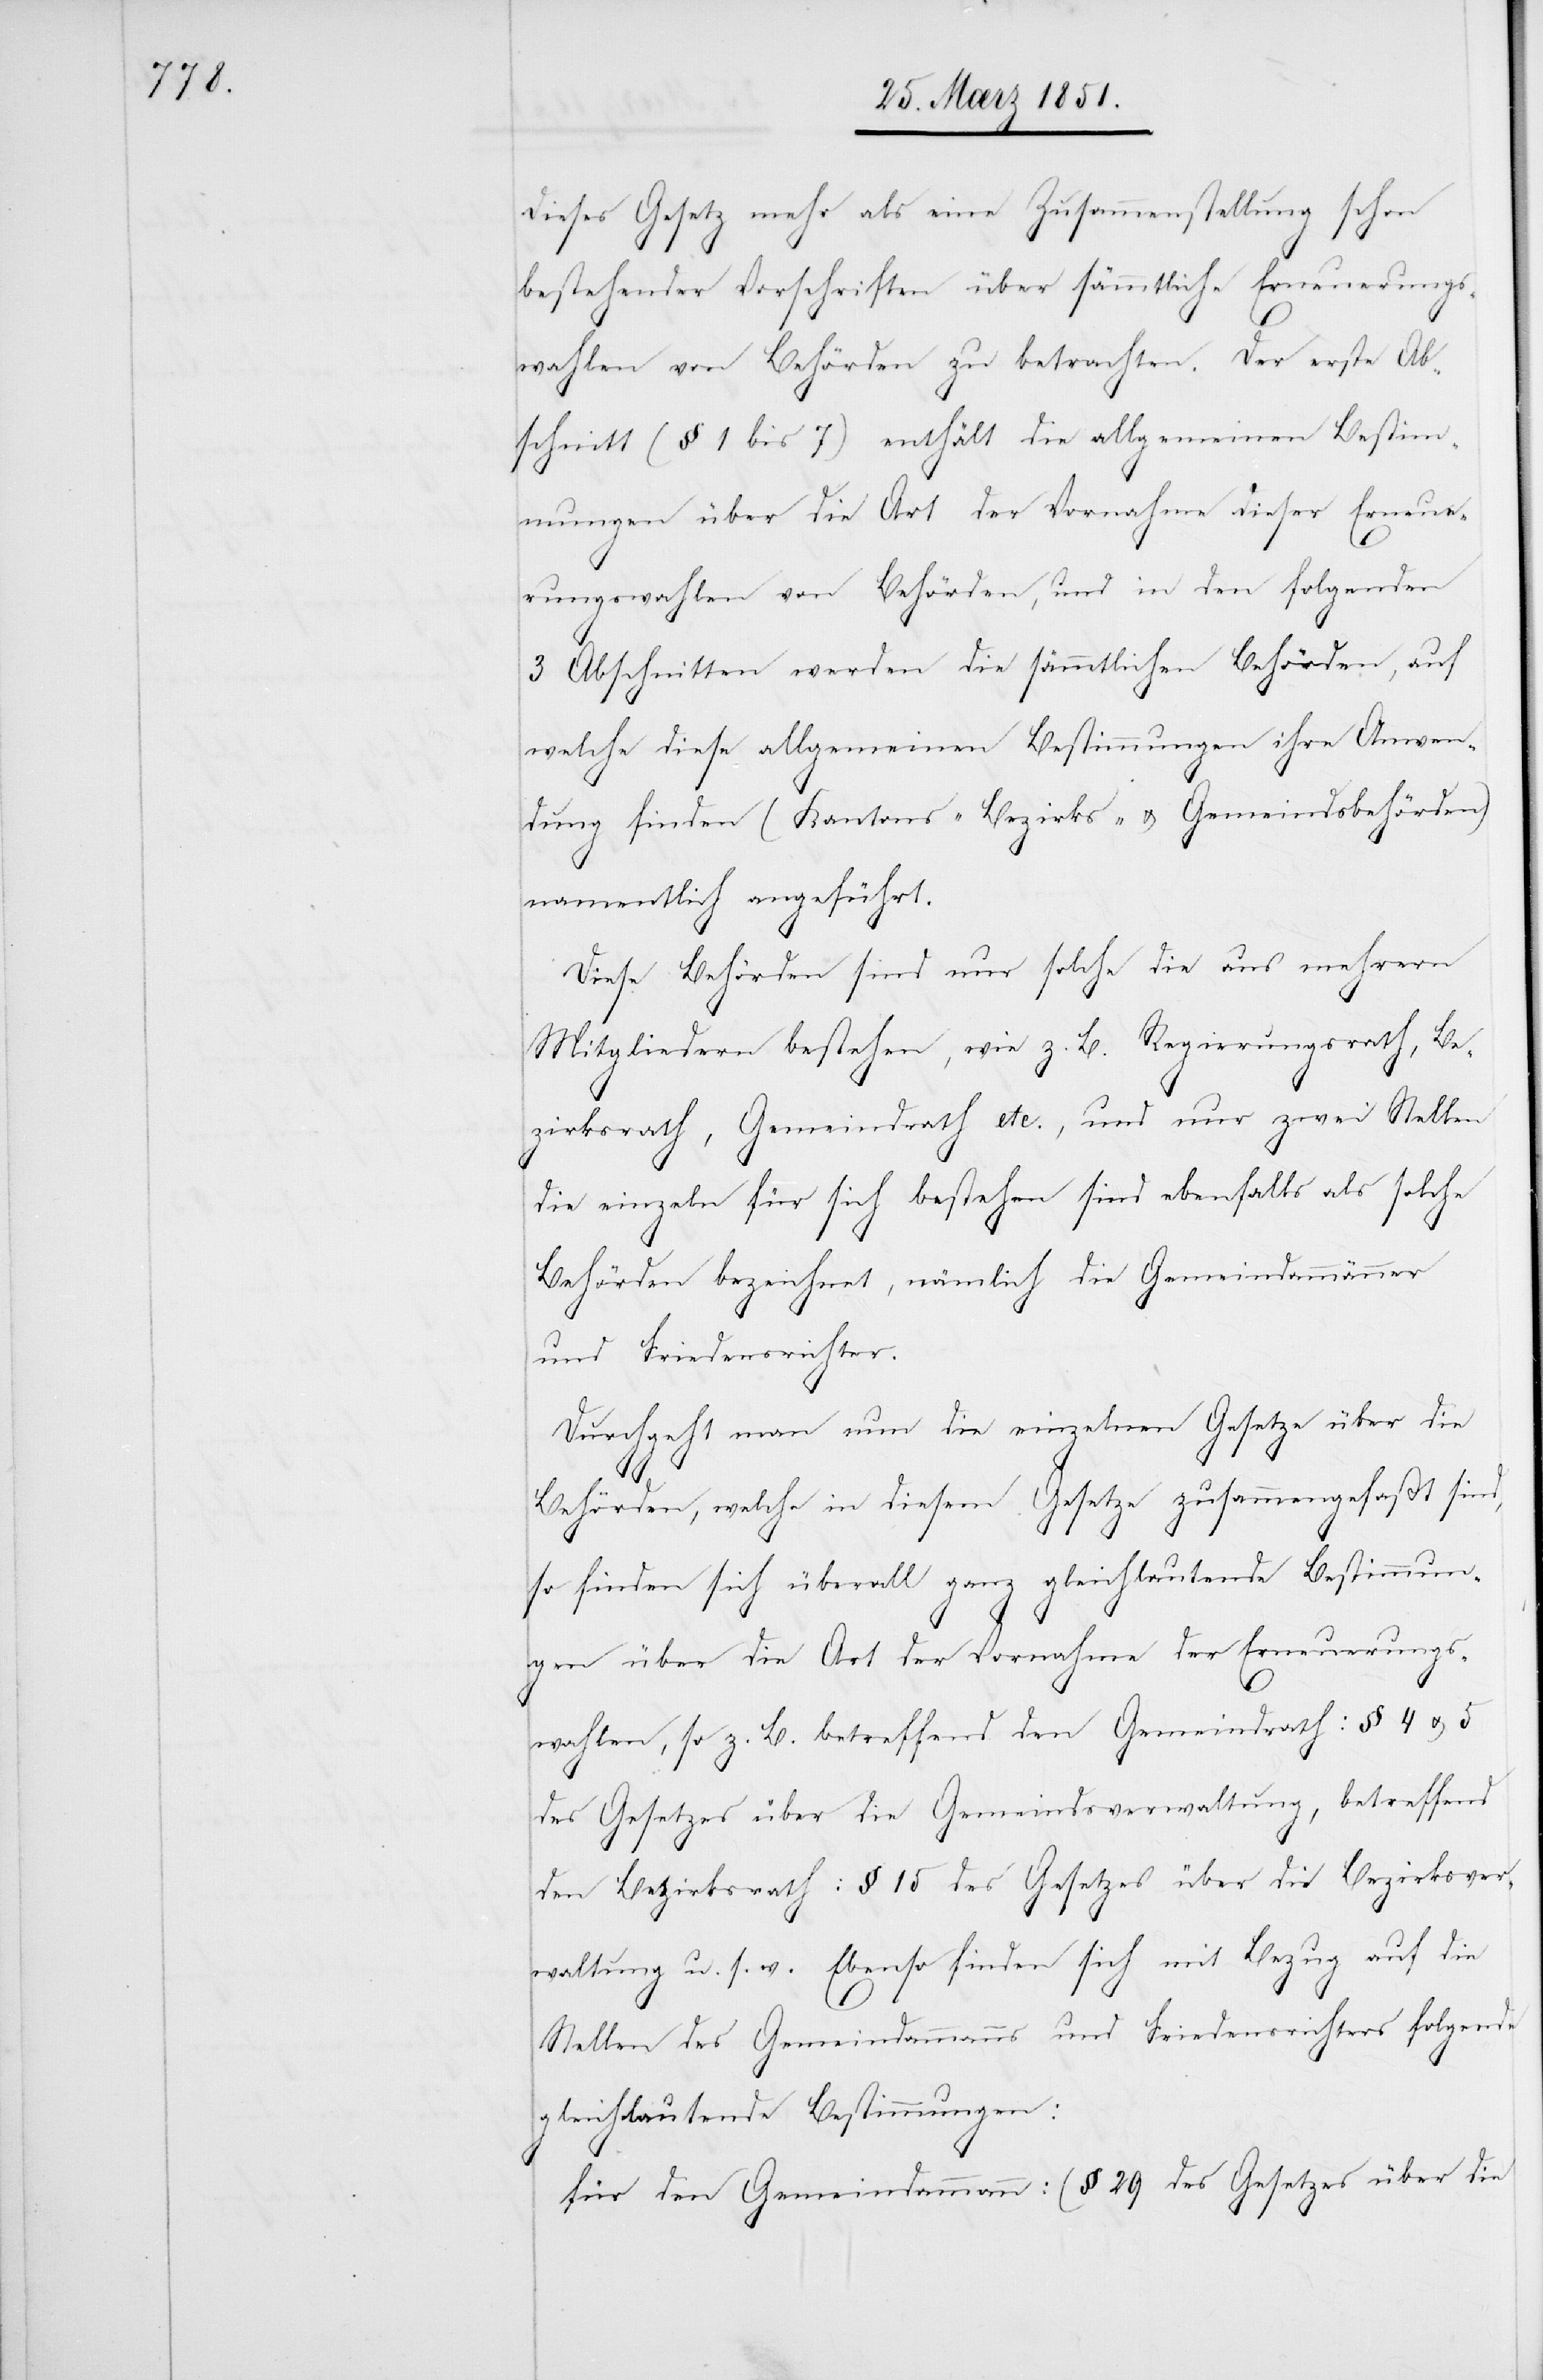
dieses Gesetz mehr als eine Zusammenstellung schon
bestehender Vorschriften über sämmtliche Erneuerungs¬
wahlen von Behörden zu betrachten. Der erste Ab¬
schnitt (§ 1 bis 7) enthält die allgemeinen Bestim¬
mungen über die Art der Vornahme dieser Erneue¬
rungswahlen von Behörden, und in den folgenden
3 Abschnitten werden die sämmtlichen Behörden, auf
welche diese allgemeinen Bestimmungen ihre Anwen¬
dung finden (Kantons-[,] Bezirks- u. Gemeindsbehörden)
namentlich angeführt.
Diese Behörden sind nur solche die aus mehrern
Mitgliedern bestehen, wie z. B. Regierungsrath, Be¬
zirksrath, Gemeindrath etc., und nur zwei Stellen
die einzeln für sich bestehen sind ebenfalls als solche
Behörden bezeichnet, nämlich die Gemeindammänner
und Friedensrichter.
Durchgeht man nun die einzelnen Gesetze über die
Behörden, welche in diesem Gesetze zusammengefaßt sind,
so finden sich überall ganz gleichlautende Bestimmun¬
gen über die Art der Vornahme der Erneuerungs¬
wahlen, so z. B. betreffend den Gemeindrath: § 4 u. 5
des Gesetzes über die Gemeindsverwaltung, betreffend
den Bezirksrath: § 15 des Gesetzes über die Bezirksver¬
waltung u. s. w. Ebenso finden sich mit Bezug auf die
Stellen des Gemeindammanns und Friedensrichters folgende
gleichlautende Bestimmungen:
für den Gemeindammann: (§ 29 des Gesetzes über die